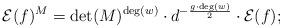
LaTeX: \begin{align*} \mathcal E(f)^M= \det(M)^{\deg(w)}\cdot d^{-\frac{g\cdot \deg(w)}{2}} \cdot \mathcal E(f);\end{align*}